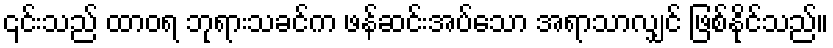
၎င်းသည် ထာဝရ ဘုရားသခင်က ဖန်ဆင်းအပ်သော အရာသာလျှင် ဖြစ်နိုင်သည်။